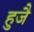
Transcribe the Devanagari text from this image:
हुजै